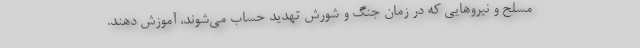
مسلح و نیروهایی که در زمان جنگ و شورش تهدید حساب می‌شوند، آموزش دهند.